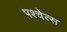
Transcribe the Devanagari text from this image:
पश्चेत्स